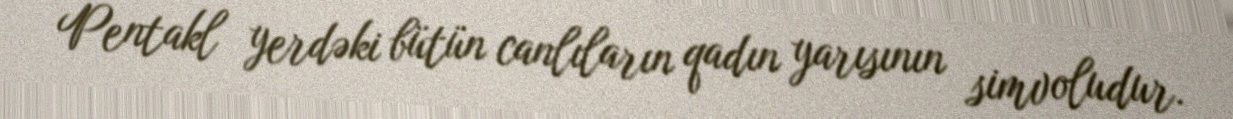
Pentakl yerdəki bütün canlıların qadın yarısının simvoludur.